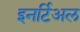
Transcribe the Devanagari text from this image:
इनर्टिअल